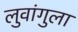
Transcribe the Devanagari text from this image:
लुवांगुला